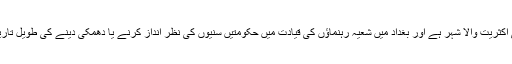
موصل سنی اکثریت والا شہر ہے اور بغداد میں شعیہ رہنماؤں کی قیادت میں حکومتیں سنیوں کی نظر انداز کرنے یا دھمکی دینے کی طویل تاریخ رہی ہے۔